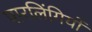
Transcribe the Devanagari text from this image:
पारलिंगियों